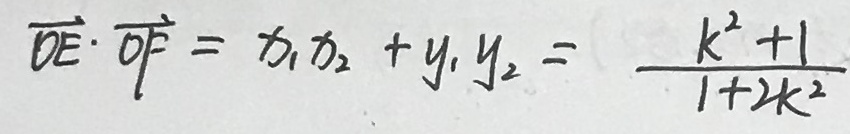
\overrightarrow { O E } \cdot \overrightarrow { O F } = x _ { 1 } x _ { 2 } + y _ { 1 } y _ { 2 } = \frac { k ^ { 2 } + 1 } { 1 + 2 k ^ { 2 } }